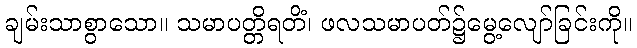
ချမ်းသာစွာသော။ သမာပတ္တိရတိံ၊ ဖလသမာပတ်၌မွေ့လျော်ခြင်းကို။